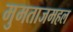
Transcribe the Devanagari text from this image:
मुमताजमहल